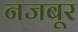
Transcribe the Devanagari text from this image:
नजबूर